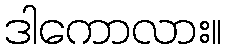
ဒါကောလား။